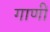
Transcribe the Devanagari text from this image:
गाणीं